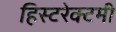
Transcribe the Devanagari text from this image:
हिस्टरेक्टमी